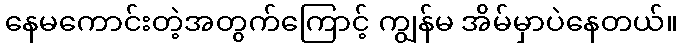
နေမကောင်းတဲ့အတွက်ကြောင့် ကျွန်မ အိမ်မှာပဲနေတယ်။